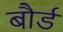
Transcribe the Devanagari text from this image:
बौर्ड